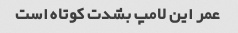
عمر این لامپ بشدت کوتاه است